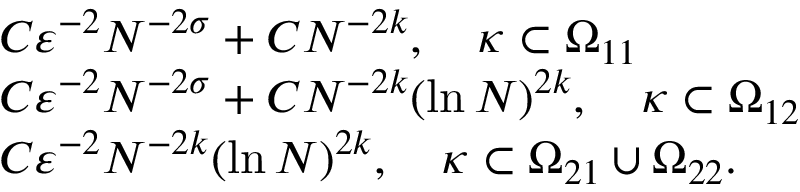
\begin{array} { r l } & { C \varepsilon ^ { - 2 } N ^ { - 2 \sigma } + C N ^ { - 2 k } , \quad \kappa \subset \Omega _ { 1 1 } } \\ & { C \varepsilon ^ { - 2 } N ^ { - 2 \sigma } + C N ^ { - 2 k } ( \ln N ) ^ { 2 k } , \quad \kappa \subset \Omega _ { 1 2 } } \\ & { C \varepsilon ^ { - 2 } N ^ { - 2 k } ( \ln N ) ^ { 2 k } , \quad \kappa \subset \Omega _ { 2 1 } \cup \Omega _ { 2 2 } . } \end{array}